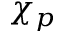
\chi _ { p }